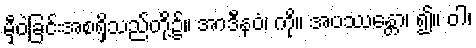
မှီဝဲခြင်းအစရှိသည်တို့၌။ အာဒီနဝံ၊ ကို။ အပဿန္တော၊ ၍။ ဝါ၊